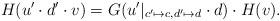
LaTeX: \begin{align*}H(u' \cdot d' \cdot v) = G(u'|_{c' \mapsto c, d'\mapsto d} \cdot d) \cdot H(v).\end{align*}